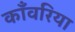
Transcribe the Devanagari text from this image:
काँवरिया